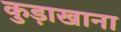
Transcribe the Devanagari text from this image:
कुड़ाखाना